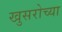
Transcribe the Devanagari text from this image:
खुसरोच्या